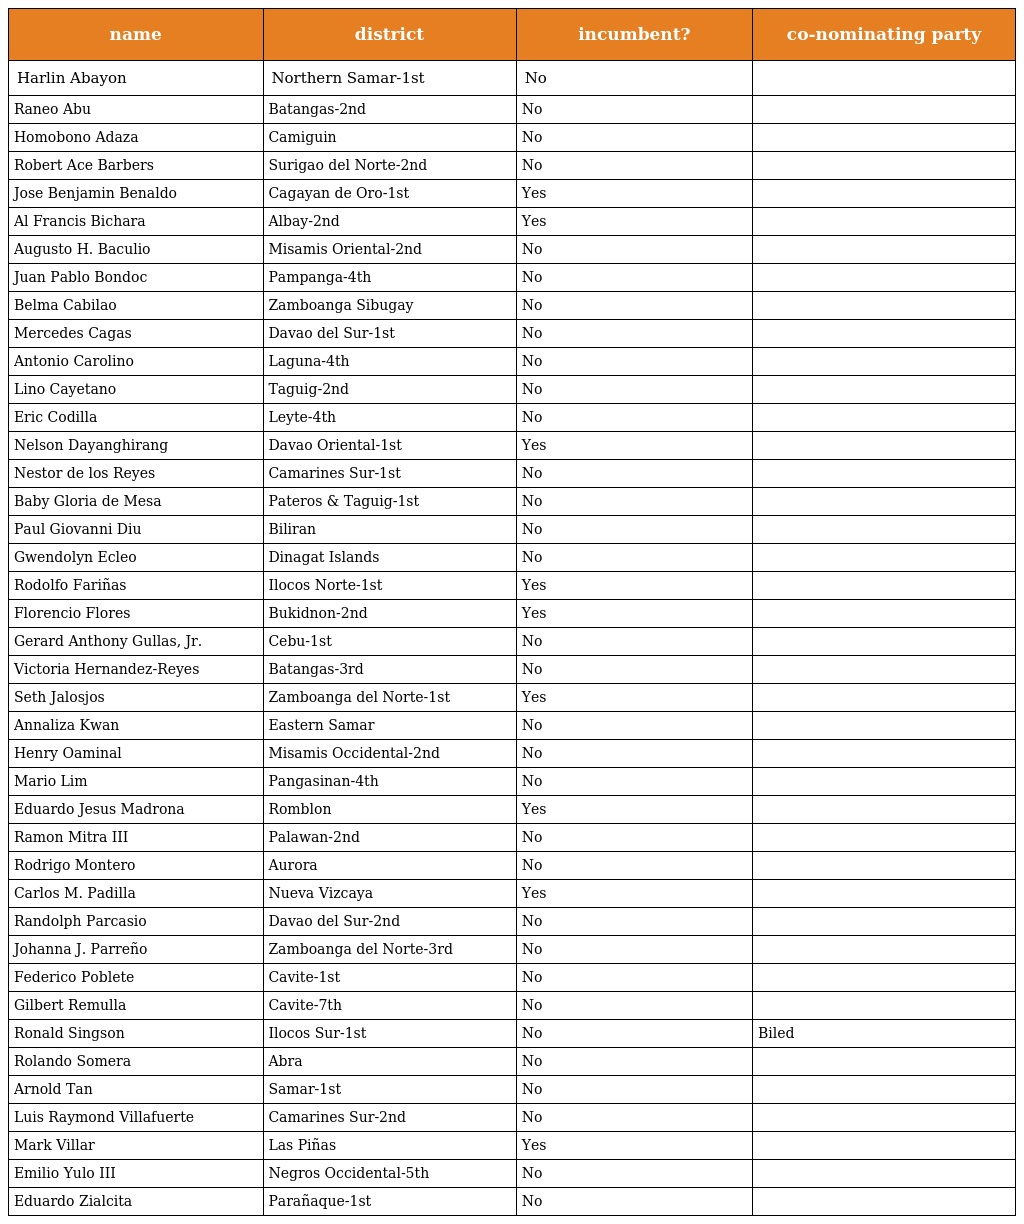
| name | district | incumbent? | co-nominating party |
 | --- | --- | --- | --- |
 | Harlin Abayon | Northern Samar-1st | No |  |
 | Raneo Abu | Batangas-2nd | No |  |
 | Homobono Adaza | Camiguin | No |  |
 | Robert Ace Barbers | Surigao del Norte-2nd | No |  |
 | Jose Benjamin Benaldo | Cagayan de Oro-1st | Yes |  |
 | Al Francis Bichara | Albay-2nd | Yes |  |
 | Augusto H. Baculio | Misamis Oriental-2nd | No |  |
 | Juan Pablo Bondoc | Pampanga-4th | No |  |
 | Belma Cabilao | Zamboanga Sibugay | No |  |
 | Mercedes Cagas | Davao del Sur-1st | No |  |
 | Antonio Carolino | Laguna-4th | No |  |
 | Lino Cayetano | Taguig-2nd | No |  |
 | Eric Codilla | Leyte-4th | No |  |
 | Nelson Dayanghirang | Davao Oriental-1st | Yes |  |
 | Nestor de los Reyes | Camarines Sur-1st | No |  |
 | Baby Gloria de Mesa | Pateros & Taguig-1st | No |  |
 | Paul Giovanni Diu | Biliran | No |  |
 | Gwendolyn Ecleo | Dinagat Islands | No |  |
 | Rodolfo Fariñas | Ilocos Norte-1st | Yes |  |
 | Florencio Flores | Bukidnon-2nd | Yes |  |
 | Gerard Anthony Gullas, Jr. | Cebu-1st | No |  |
 | Victoria Hernandez-Reyes | Batangas-3rd | No |  |
 | Seth Jalosjos | Zamboanga del Norte-1st | Yes |  |
 | Annaliza Kwan | Eastern Samar | No |  |
 | Henry Oaminal | Misamis Occidental-2nd | No |  |
 | Mario Lim | Pangasinan-4th | No |  |
 | Eduardo Jesus Madrona | Romblon | Yes |  |
 | Ramon Mitra III | Palawan-2nd | No |  |
 | Rodrigo Montero | Aurora | No |  |
 | Carlos M. Padilla | Nueva Vizcaya | Yes |  |
 | Randolph Parcasio | Davao del Sur-2nd | No |  |
 | Johanna J. Parreño | Zamboanga del Norte-3rd | No |  |
 | Federico Poblete | Cavite-1st | No |  |
 | Gilbert Remulla | Cavite-7th | No |  |
 | Ronald Singson | Ilocos Sur-1st | No | Biled |
 | Rolando Somera | Abra | No |  |
 | Arnold Tan | Samar-1st | No |  |
 | Luis Raymond Villafuerte | Camarines Sur-2nd | No |  |
 | Mark Villar | Las Piñas | Yes |  |
 | Emilio Yulo III | Negros Occidental-5th | No |  |
 | Eduardo Zialcita | Parañaque-1st | No |  |